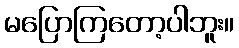
မပြောကြတော့ပါဘူး။